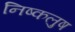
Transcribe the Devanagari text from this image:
निष्कलुष